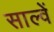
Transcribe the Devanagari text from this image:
साल्वें